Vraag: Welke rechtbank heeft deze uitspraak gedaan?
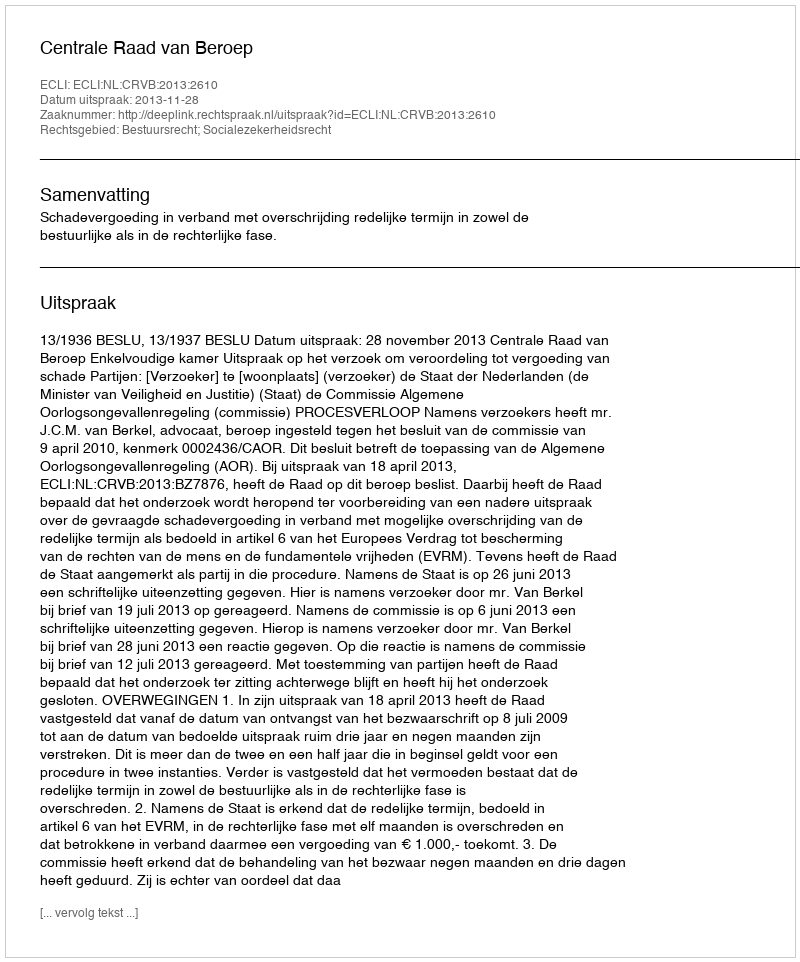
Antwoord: Centrale Raad van Beroep